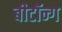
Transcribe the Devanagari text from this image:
बीटॉन्ग